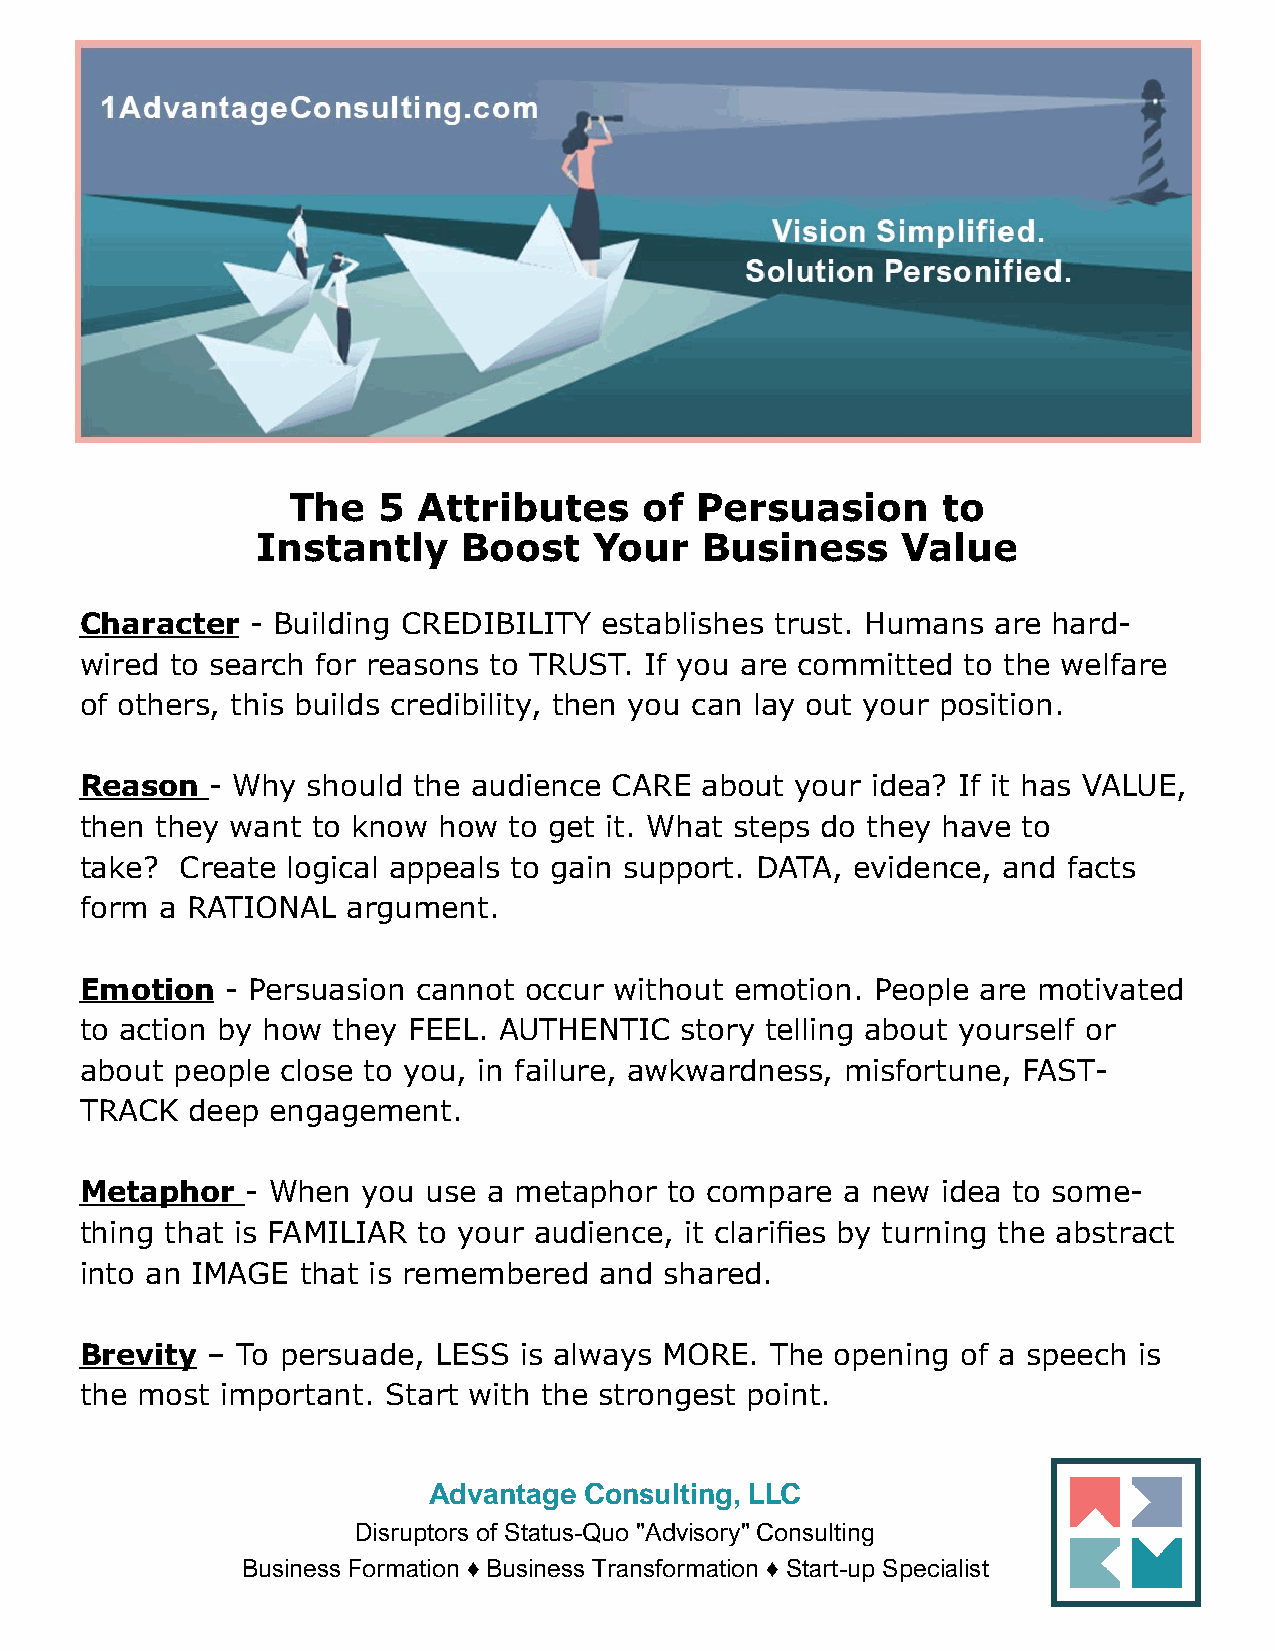
The   5  Attributes     of Persuasion      to
 Instantly     Boost   Your    Business     Value
 Character   - Building CREDIBILITY establishes trust. Humans are hard-
 wired to search for reasons to TRUST. If you are committed to the welfare
 of others, this builds credibility, then you can lay out your position.
 Reason   - Why should the audience CARE  about  your idea? If it has VALUE,
 then they want  to know how  to get it. What steps do they have to
 take?  Create logical appeals to gain support. DATA, evidence, and facts
 form  a RATIONAL  argument.
 Emotion   - Persuasion cannot occur without emotion. People are motivated
 to action by how they FEEL. AUTHENTIC   story telling about yourself or
 about people  close to you, in failure, awkwardness, misfortune, FAST-
 TRACK  deep  engagement.
 Metaphor   - When  you use a metaphor  to compare  a new idea to some-
 thing that is FAMILIAR to your audience, it clarifies by turning the abstract
 into an IMAGE  that is remembered  and shared.
 Brevity  – To persuade, LESS is always MORE.  The opening  of a speech is
 the most  important. Start with the strongest point.
 Advantage  Consulting, LLC
 Disruptors of Status-Quo "Advisory" Consulting
 Business Formation ♦ Business Transformation ♦ Start-up Specialist